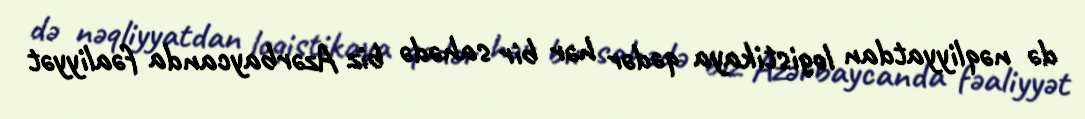
də nəqliyyatdan logistikaya qədər hər bir sahədə biz Azərbaycanda fəaliyyət